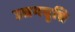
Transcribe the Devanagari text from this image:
उद्यमवृत्ति